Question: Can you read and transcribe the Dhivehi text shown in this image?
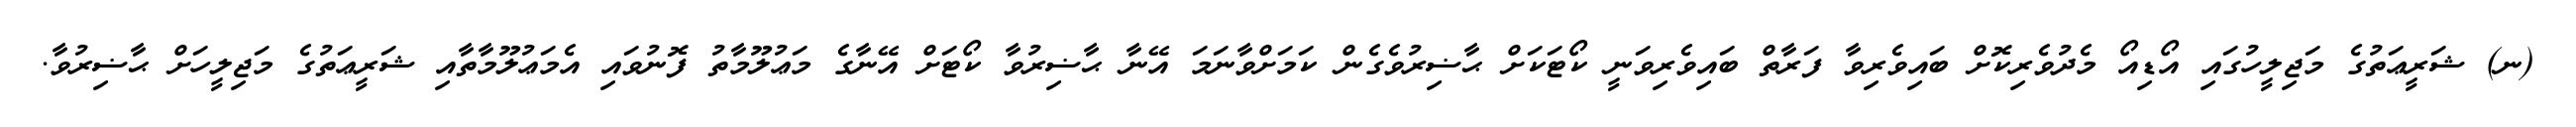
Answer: (ނ) ޝަރީޢަތުގެ މަޖިލީހުގައި އޯޑިއޯ މެދުވެރިކޮށް ބައިވެރިވާ ފަރާތް ބައިވެރިވަނީ ކޯޓަކަށް ޙާޟިރުވެގެން ކަމަށްވާނަމަ އޭނާ ޙާޟިރުވާ ކޯޓަށް އޭނާގެ މަޢުލޫމާތު ފޮނުވައި އެމަޢުލޫމާތާއި ޝަރީޢަތުގެ މަޖިލީހަށް ޙާޟިރުވާ.